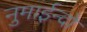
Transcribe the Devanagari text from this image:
नुमाईन्दो